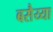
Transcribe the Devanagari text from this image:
बसैय्या